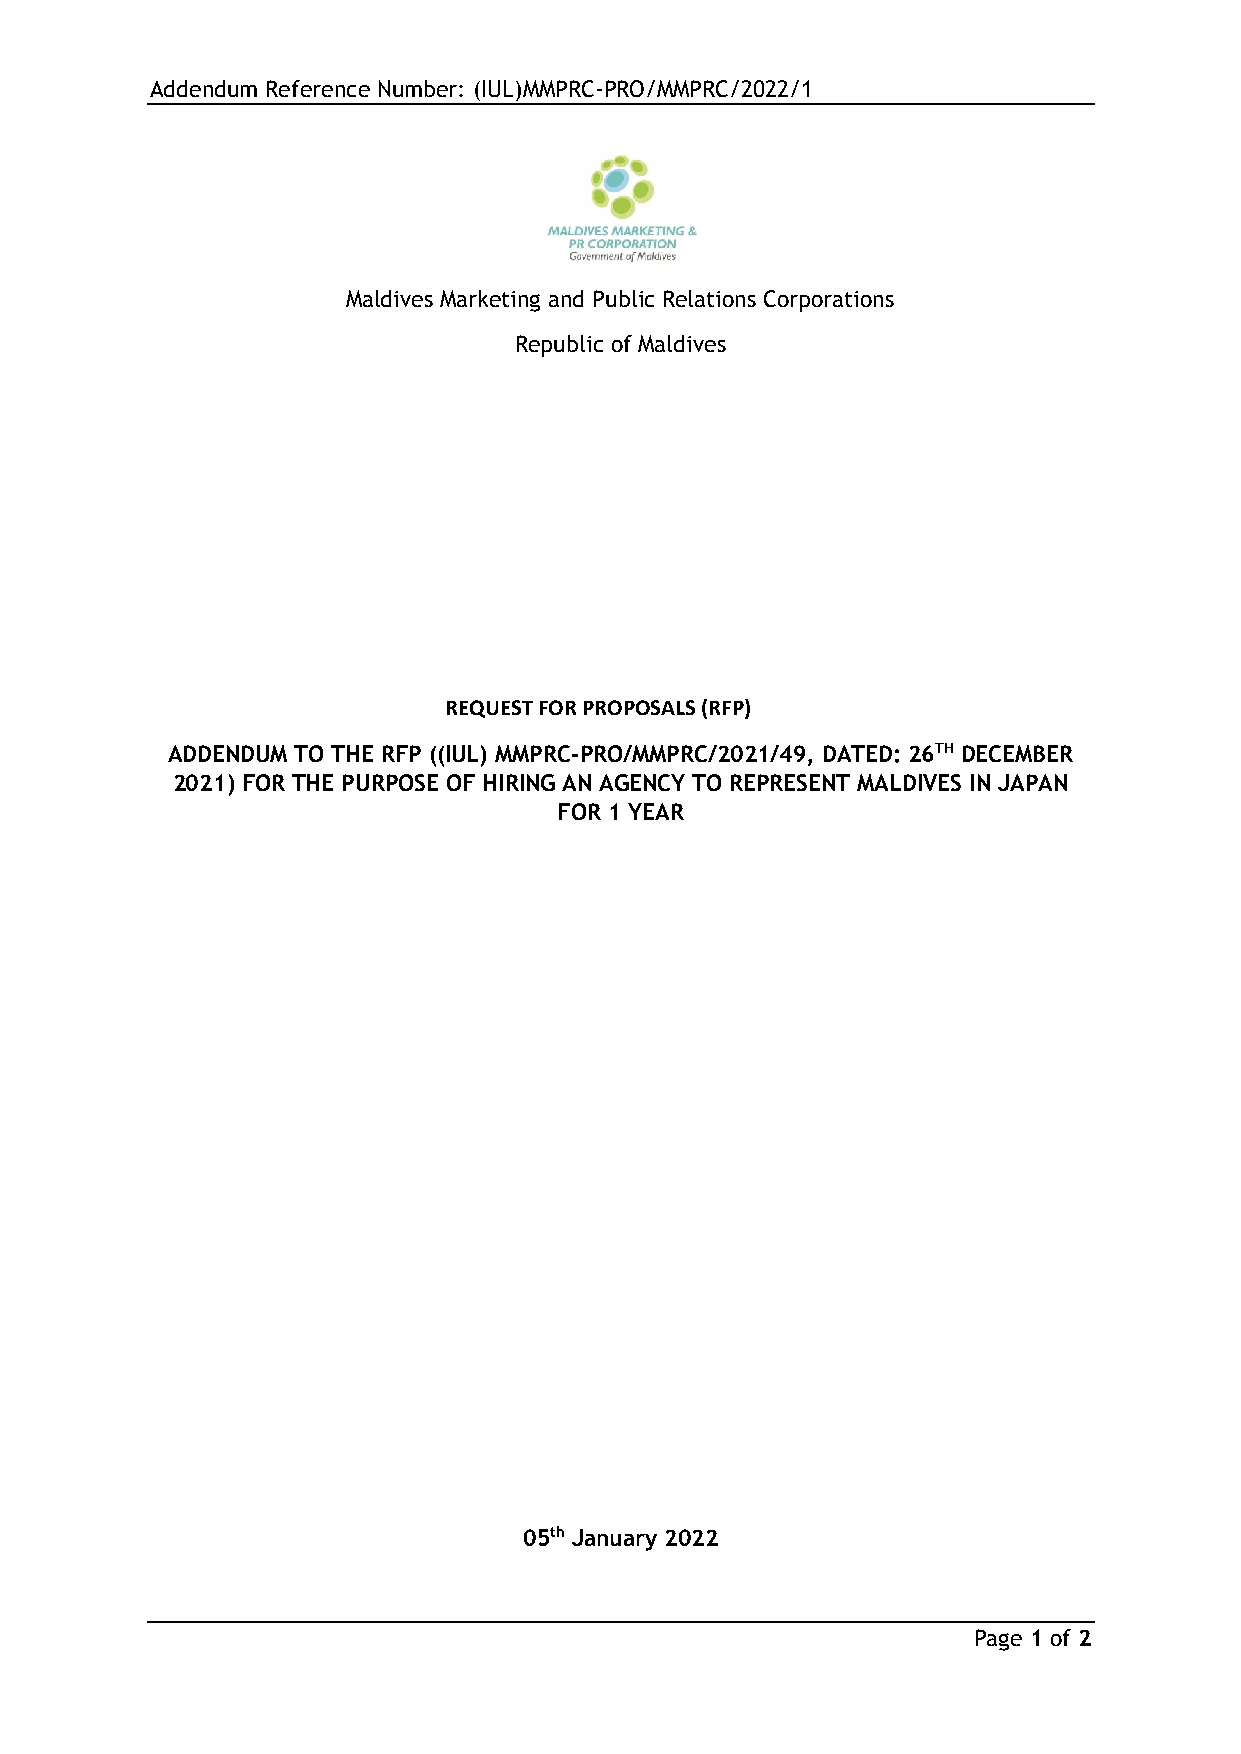
Addendum Reference Number: (IUL)MMPRC-PRO/MMPRC/2022/1
 Maldives Marketing and Public Relations Corporations
 Republic of Maldives
 REQUEST FOR PROPOSALS (RFP)
 ADDENDUM TO THE RFP ((IUL) MMPRC-PRO/MMPRC/2021/49, DATED: 26TH DECEMBER
 2021) FOR THE PURPOSE OF HIRING AN AGENCY TO REPRESENT MALDIVES IN JAPAN
 FOR 1 YEAR
 05th January 2022
 Page 1 of 2